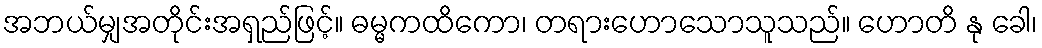
အဘယ်မျှအတိုင်းအရှည်ဖြင့်။ ဓမ္မကထိကော၊ တရားဟောသောသူသည်။ ဟောတိ နု ခေါ၊